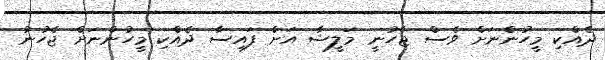
ދެއްކި މީހުންނަށް ވެސް ޖެހުނީ މަލީޝާ އަށް ފައިސާ ދެއްކި މީހުންނަށް ޖެހުނު